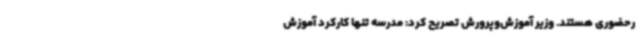
رحضوری هستند. وزیر آموزش‌وپرورش تصریح کرد: مدرسه تنها کارکرد آموزش